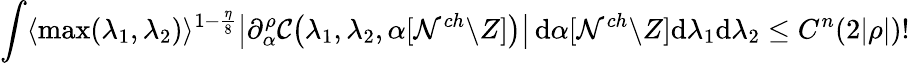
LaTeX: \int\langle\operatorname*{max}(\lambda_{1},\lambda_{2})\rangle^{1-\frac{\eta}{8}}\big|\partial_{\alpha}^{\rho}\mathcal C\big(\lambda_{1},\lambda_{2},\alpha[\mathcal N^{ch}\backslash Z]\big)\big|\, \mathrm{d}\alpha[\mathcal N^{ch}\backslash Z]\mathrm{d}\lambda_{1}\mathrm{d}\lambda_{2}\leq C^{n}(2|\rho|)!